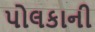
પોલકાની